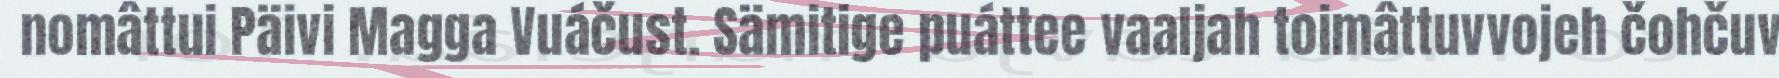
nomâttui Päivi Magga Vuáčust. Sämitige puáttee vaaljah toimâttuvvojeh čohčuv